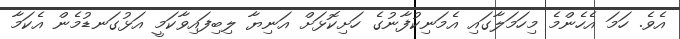
އެވެ. ހަމަ އެހެންމެ މިހަމަލާގައި އެމަނިކުފާނުގެ ހަށިކޮޅަށް އަނިޔާ ލިބިފައިވާކަމީ އަޅުގަނޑުމެން އެކަމާ